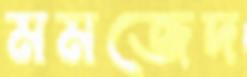
মমজেদ